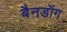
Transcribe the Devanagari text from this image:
बैनडॉग